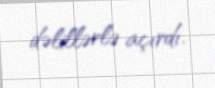
dəlillərlə açırdı.